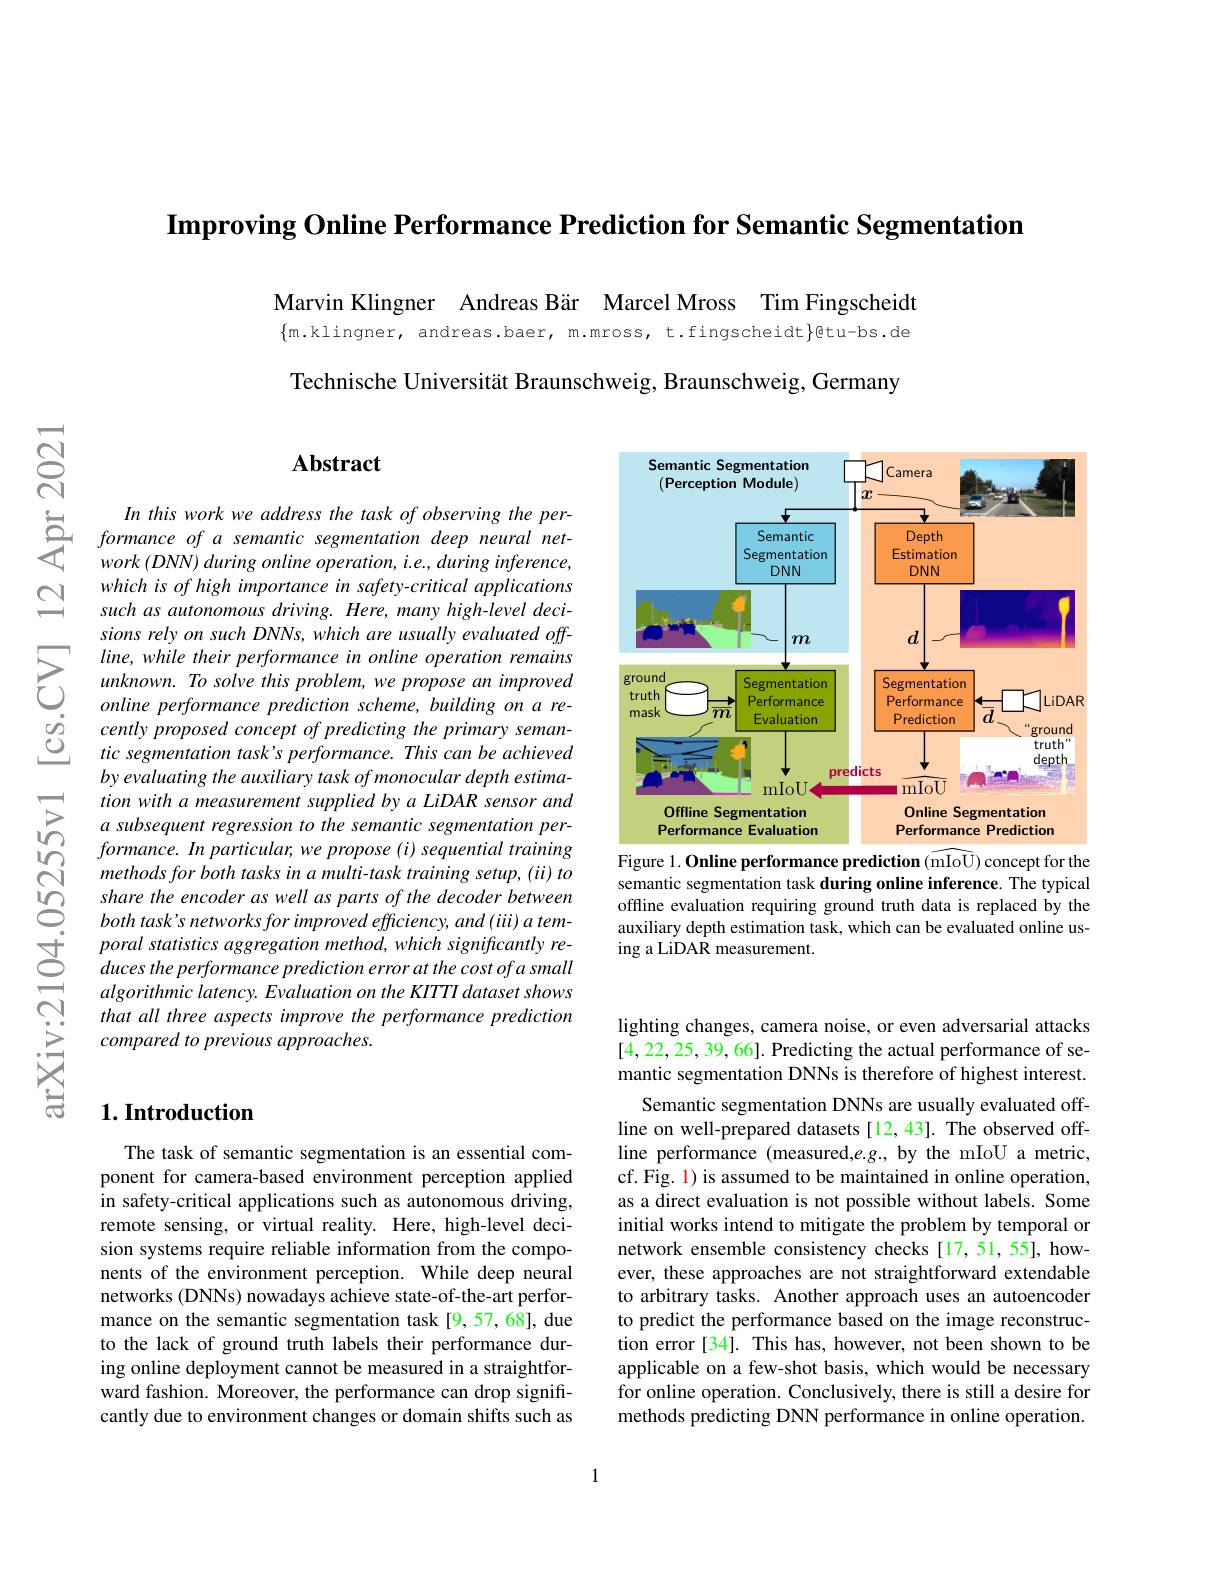
$\textbf{Improving Online Performance Prediction for Semantic Segmentation}$

Marvin Klingner Andreas Bär Marcel Mross Tim Fingscheidt

$\{$m.klingner, andreas.baer, m.mross, t.fingscheidt}gtu-bs.de

Technische Universität Braunschweig, Braunschweig, Germany

$নুর$

## Abstract

$\begin{array}{cc}&Inthisworkweaddress~the~task~of~observing~the~per-\\&formance~of~a~semantic~segmentation~deep~neural~net-\\&work~(DNN)~during~online~operation,~i.e.~during~inference,\end{array}$
$work\left(DNN\right)duringonlineoperation,i.e.,duringinference$, which is of high importance in safety-critical applications such as autonomous driving. Here, many high-level decisions rely on such DNNs, which are usually evaluated offline, while their performance in online operation remains unknown. To solve this problem, we propose an improved online performance prediction scheme, building on a recently proposed concept of predicting the primary semantic segmentation task's performance. This can be achieved by evaluating the auxiliary task of monocular depth estimation with a measurement supplied by a LiDAR sensor and a subsequent regression to the semantic segmentation performance. In particular, we propose (i) sequential training methods for both tasks in a multi-task training setup, (ii) to share the encoder as well as parts of the decoder between both task's networks for improved efficiency, and (iii) a temporal statistics aggregation method, which significantly reduces the performance prediction error at the cost ofa small algorithmic latency. Evaluation on the KITTI dataset shows that all three aspects improve the performance prediction compared to previous approaches.

## $1. \textbf{Introduction}$

The task of semantic segmentation is an essential component for camera-based environment perception applied in safety-critical applications such as autonomous driving, remote sensing, or virtual reality. Here, high-level decision systems require reliable information from the components of the environment perception. While deep neural networks (DNNs) nowadays achieve state-of-the-art performance on the semantic segmentation task [9,57,68], due to the lack of ground truth labels their performance during online deployment cannot be measured in a straightforward fashion. Moreover, the performance can drop significantly due to environment changes or domain shifts such as

<FigureHere>

Figure 1. Online performance prediction (mIoU) concept for the semantic segmentation task during online inference. The typical offline evaluation requiring ground truth data is replaced by the auxiliary depth estimation task, which can be evaluated online using a LiDAR measurement.

lighting changes, camera noise, or even adversarial attacks

[4,22,25,39,66]. Predicting the actual performance of semantic segmentation DNNs is therefore of highest interest.
Semantic segmentation DNNs are usually evaluated offline on well-prepared datasets [12,43]. The observed offline performance (measured,e.g.,by the mIoU a metric, cf. Fig. 1) is assumed to be maintained in online operation, as a direct evaluation is not possible without labels. Some initial works intend to mitigate the problem by temporal or network ensemble consistency checks [17,51,55], however, these approaches are not straightforward extendable to arbitrary tasks. Another approach uses an autoencoder to predict the performance based on the image reconstruction error [34]. This has, however, not been shown to be applicable on a few-shot basis, which would be necessary for online operation. Conclusively, there is still a desire for methods predicting DNN performance in online operation.

1